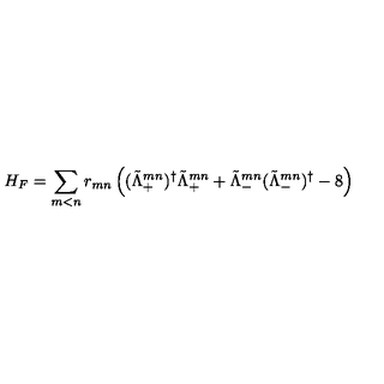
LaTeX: H _ { F } = \sum _ { m < n } r _ { m n } \left( ( \tilde { \Lambda } _ { + } ^ { m n } ) ^ { \dagger } \tilde { \Lambda } _ { + } ^ { m n } + \tilde { \Lambda } _ { - } ^ { m n } ( \tilde { \Lambda } _ { - } ^ { m n } ) ^ { \dagger } - 8 \right)